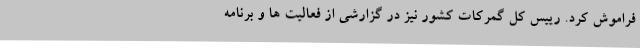
فراموش کرد. رییس کل گمرکات کشور نیز در گزارشی از فعالیت ها و برنامه